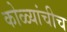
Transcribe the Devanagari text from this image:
कोळ्यांचीच